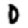
Digit: 0